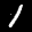
Label: 1